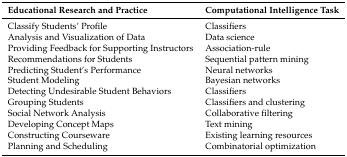
<table><thead><tr><td><b>Educational Research and Practice</b></td><td><b>Computational Intelligence Task</b></td></tr></thead><tbody><tr><td>Classify Students’ Profile</td><td>Classifiers</td></tr><tr><td>Analysis and Visualization of Data</td><td>Data science</td></tr><tr><td>Providing Feedback for Supporting Instructors</td><td>Association-rule</td></tr><tr><td>Recommendations for Students</td><td>Sequential pattern mining</td></tr><tr><td>Predicting Student’s Performance</td><td>Neural networks</td></tr><tr><td>Student Modeling</td><td>Bayesian networks</td></tr><tr><td>Detecting Undesirable Student Behaviors</td><td>Classifiers</td></tr><tr><td>Grouping Students</td><td>Classifiers and clustering</td></tr><tr><td>Social Network Analysis</td><td>Collaborative filtering</td></tr><tr><td>Developing Concept Maps</td><td>Text mining</td></tr><tr><td>Constructing Courseware</td><td>Existing learning resources</td></tr><tr><td>Planning and Scheduling</td><td>Combinatorial optimization</td></tr></tbody></table>